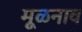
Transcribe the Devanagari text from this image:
मूळनाव